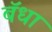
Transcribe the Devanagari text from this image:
बॅधा